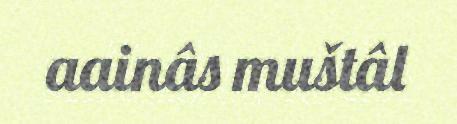
aainâs muštâl